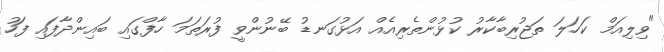
"ވިލިއަމް ކަހަލަ ތަޖުރިބާކާރު ކުޅުންތެރިއެއް އަޅުގަނޑު ބޭނުންވީ ފުރަތަމަ ހާފްގައި ބައިންދާފައި ފަހު